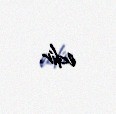
edir.